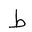
Letter: _da